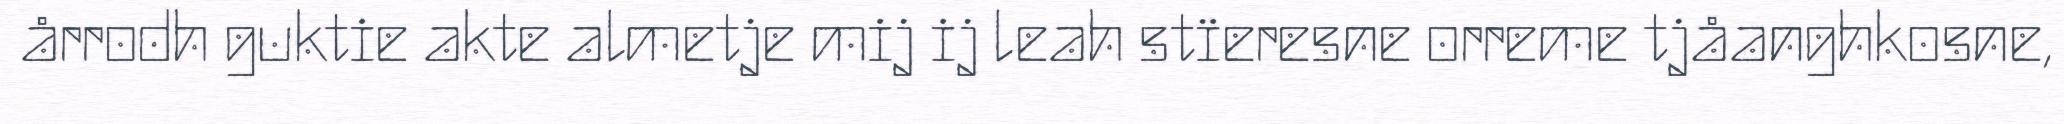
årrodh guktie akte almetje mij ij leah stïeresne orreme tjåanghkosne,